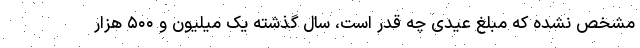
مشخص نشده که مبلغ عیدی چه قدر است، سال گذشته یک میلیون و ۵۰۰ هزار